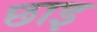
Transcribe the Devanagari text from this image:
छाइ